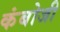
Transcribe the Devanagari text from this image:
कंबोजी